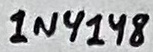
Text: 1N4148